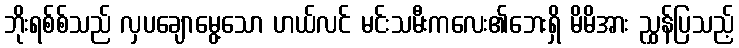
ဘိုးရစ်စ်သည် လှပချောမွေ့သော ဟယ်လင် မင်းသမီးကလေး၏ဘေးရှိ မိမိအား ညွှန်ပြသည့်